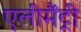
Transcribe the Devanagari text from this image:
एलीमैंट्री